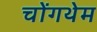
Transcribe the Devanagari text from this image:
चोंगथेम